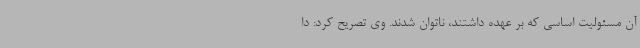
آن مسئولیت اساسی که بر عهده داشتند، ناتوان شدند. وی تصریح کرد: دا